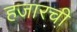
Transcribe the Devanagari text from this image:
हजारची